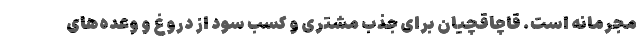
مجرمانه است. قاچاقچیان برای جذب مشتری و کسب سود از دروغ و وعده‌های